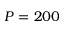
P = 2 0 0